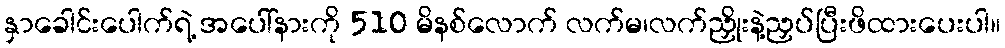
နှာခေါင်းပေါက်ရဲ့ အပေါ်နားကို 510 မိနစ်လောက် လက်မ၊လက်ညှိုးနဲ့ညှပ်ပြီးဖိထားပေးပါ။